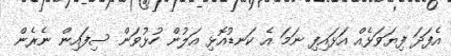
އެފަދަ ފިޔަވަޅެއް އަޅައިފި ނަމަ އެ ކަނޑުއޮޅި އަލުން ހުޅުވަން ސިފައިން ނެރެން